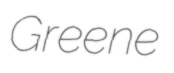
Greene